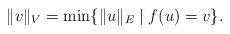
LaTeX: \begin{align*} \|v\|_{V}=\min\{\|u\|_E\mid f(u)=v\}. \end{align*}